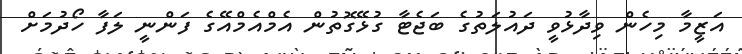
އަޒީމާ މިހެން ވިދާޅުވީ ދައުލަތުގެ ބަޖެޓާ ގުޅޭގޮތުން އެމްއެމްއޭގެ ފަންނީ ލަފާ ހޯދުމަށް